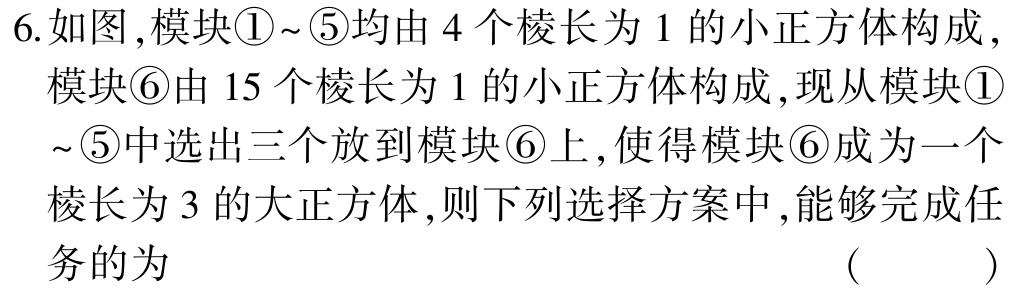
6.如图,模块\textcircled{1}~\textcircled{5}均由4个棱长为1的小正方体构成,模块\textcircled{6}由15个棱长为1的小正方体构成,现从模块\textcircled{1}~\textcircled{5}中选出三个放到模块\textcircled{6}上,使得模块\textcircled{6}成为一个棱长为3的大正方体,则下列选择方案中,能够完成任务的为 （ ）